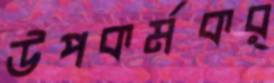
উপকর্মকর্